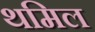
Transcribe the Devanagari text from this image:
थमिल